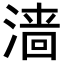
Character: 𬈧